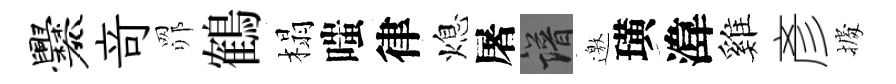
爨竒𦊑鶴榻嗤律熄屠譜邀璜湋雞彥𢴃